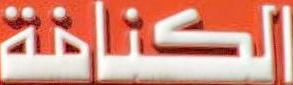
الكنافة